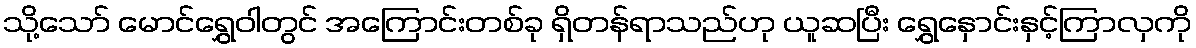
သို့သော် မောင်ရွှေဝါတွင် အကြောင်းတစ်ခု ရှိတန်ရာသည်ဟု ယူဆပြီး ရွှေနှောင်းနှင့်ကြာလှကို